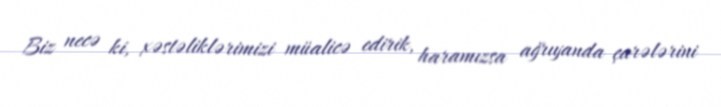
Biz necə ki, xəstəliklərimizi müalicə edirik, haramızsa ağrıyanda çarələrini